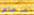
مرحاض